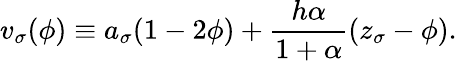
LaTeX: v_{\sigma}(\phi)\equiv a_{\sigma}(1-2\phi)+\frac{h\alpha}{1+\alpha}(z_{\sigma}-\phi).